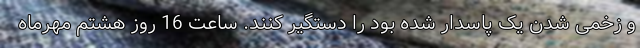
و زخمی شدن یک پاسدار شده بود را دستگیر کنند. ساعت 16 روز هشتم مهرماه